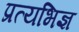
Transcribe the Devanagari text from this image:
प्रत्यभिज्ञ